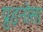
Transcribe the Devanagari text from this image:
प्रुइनोसा